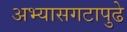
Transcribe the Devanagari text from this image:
अभ्यासगटापुढे